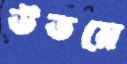
উভয়ে